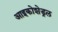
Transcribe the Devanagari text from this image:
आइकोशेड्रल